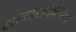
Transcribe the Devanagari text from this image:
सत्यसंकल्पत्व